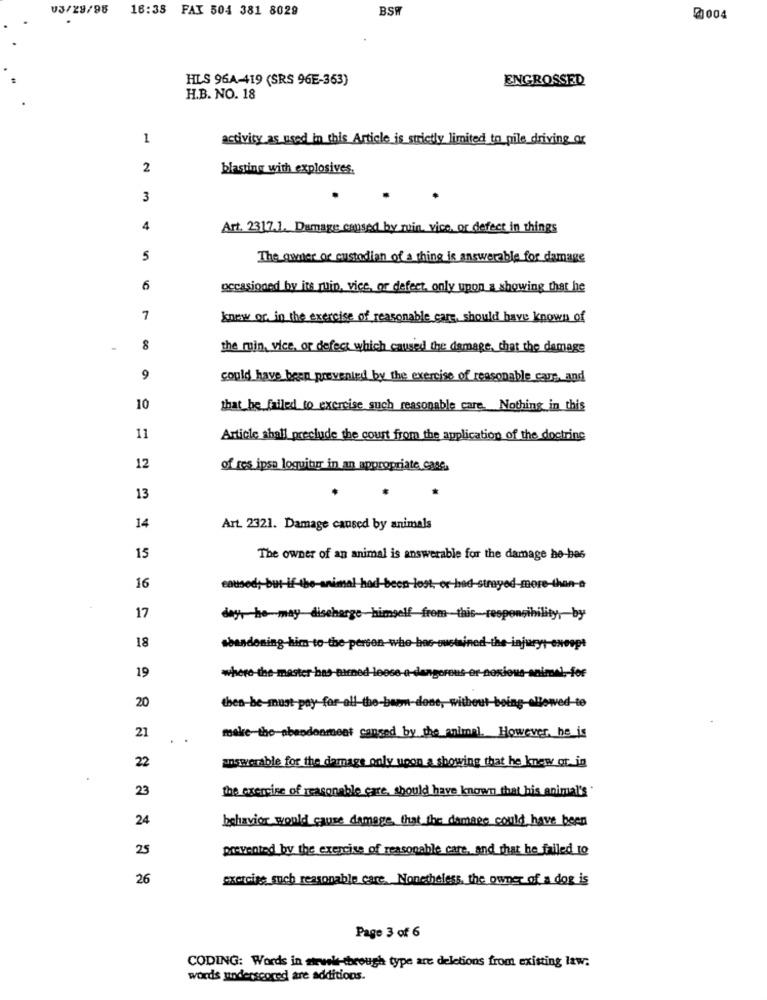
V3/29/98
16:38 FAX 504 381 8029
BSW
20004
HLS 96A-419 (SRS 96E-363)
ENGROSSED
H.B. NO. 18
1
activity as used in this Article is strictly limited to pile driving or
2
blasting with explosives.
3
4
Art. 2317.1. Damage caused by ruin vice, or defect in things
5
The owner of custodian of a thing is answerable for damage
6
occasioned by its ruin, vice, or defect, only upon a showing that he
7
knew or. in the exercise of reasonable care, should have known of
8
the main, vice, or defect which caused the damage, that the damage
9
could have been prevented by the exercise of reasonable care, and
10
that he failed to exercise such reasonable care. Nothing in this
11
Article shall preclude the court from the application of the doctrine
12
of res ipsa loquitirr in an appropriate case,
13
14
Art. 2321. Damage caused by animals
15
The owner of an animal is answerable for the damage he-bas
16
d ;- bu
been lost, or-had-strayed-more-than-a
17
day, he-may- discharge-himself from-this-responsibility ,- by
18
abandoning-him-to-the-per
-oustained
aryt-except
19
where-the-master bas-airned-loose-e-dangereus-er-no
ious-animal ,- fof
20
then-be-must-pay for-all-the-barm-done, without being-allowed-te
21
make-the-abandonment canged by the animal. However, he is
22
answerable for the damage only upon a showing that he knew or. in
23
the exercise of reasonable care, should have known that his animal's"
24
behavior would cause damage, that the damage could have been
25
prevented by the exercise of reasonable care, and that he failed 10
26
exercise such reasonable care. Nonetheless, the owner of a dog is
Page 3 of 6
CODING: Words in sirvele-through type are deletions from existing law:
words underscored are additions.